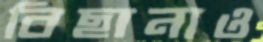
বিছানাও